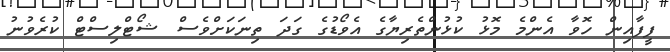
ފީފާއިން ހޮވާ އެންމެ މޮޅު ކުޅުންތެރިޔާގެ އެވޯޑުގެ ގަދަ ތިނަކަށްވެސް ޝޯޓްލިސްޓް ކުރެވުނު